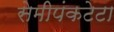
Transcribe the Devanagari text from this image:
सेमीपंकटेटा